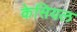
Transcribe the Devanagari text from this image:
केसियल